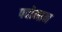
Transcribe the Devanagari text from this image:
पदोमान